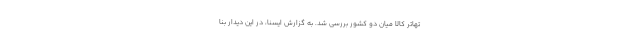
تهاتر کالا میان دو کشور بررسی شد. به گزارش ایسنا، در این دیدار بنا